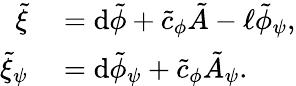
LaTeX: \begin{array}{rl}{\tilde{\xi}}&{{}=\mathrm{d}\tilde{\phi}+\tilde{c}_{\phi}\tilde{A}-\ell\tilde{\phi}_{\psi},}\\ {\tilde{\xi}_{\psi}}&{{}=\mathrm{d}\tilde{\phi}_{\psi}+\tilde{c}_{\phi}\tilde{A}_{\psi}.}\end{array}